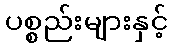
ပစ္စည်းများနှင့်